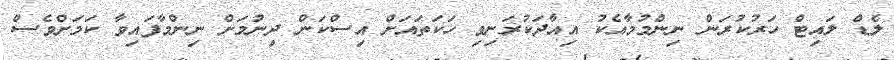
ލެޑް ލައިޓް ހަރުކުރަން ނިންމުމާއެކު އިއާދަކުރަނިވި ހަކަތައަށް އިސްކަން ދިނުމަށް ނިންމާފައިވާ ކަމަށްވެސް